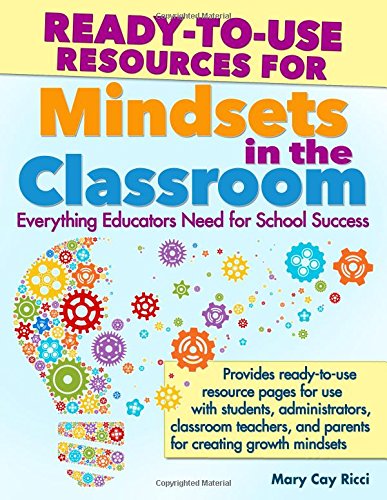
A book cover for Ready-to-Use Resources for Mindsets in the Classroom: Everything Educators Need for School Success; Mary Cay Ricci; Education & Teaching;